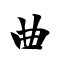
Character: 曲